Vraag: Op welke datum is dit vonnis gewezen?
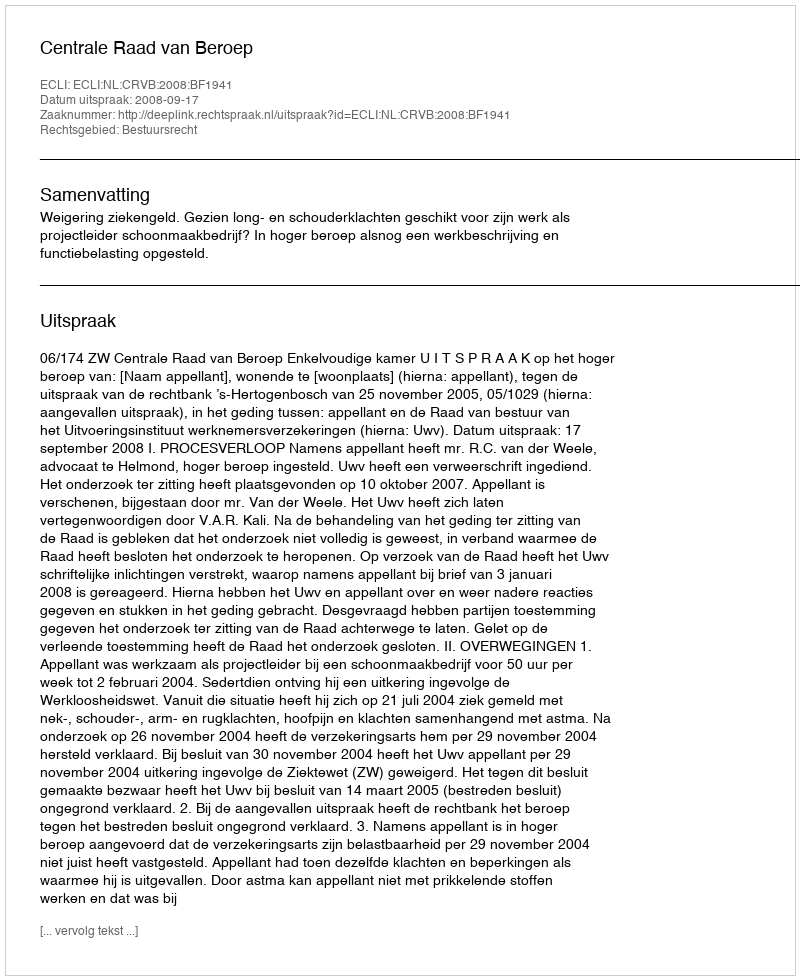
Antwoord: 2008-09-17